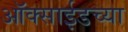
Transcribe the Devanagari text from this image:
ऑक्‍साईडच्या